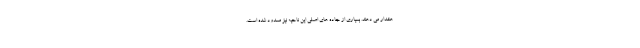
هشدار می دهند. بسیاری از جاده های اصلی این ناحیه نیز مسدود شده است.